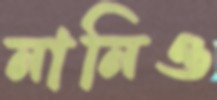
নানিও